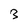
Character: 3